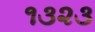
૧૩૨૩